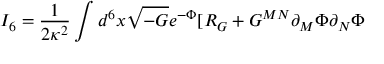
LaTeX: I _ { 6 } = \frac { 1 } { 2 \kappa ^ { 2 } } \int d ^ { 6 } x \sqrt { - G } e ^ { - \Phi } [ R _ { G } + G ^ { M N } \partial _ { M } \Phi \partial _ { N } \Phi